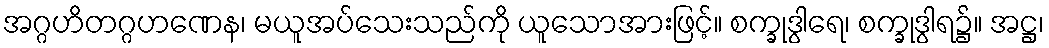
အဂ္ဂဟိတဂ္ဂဟဏေန၊ မယူအပ်သေးသည်ကို ယူသောအားဖြင့်။ စက္ခုဒွါရေ၊ စက္ခုဒွါရ၌။ အဋ္ဌ၊